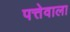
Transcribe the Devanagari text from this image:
पत्तेवाला